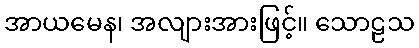
အာယမေန၊ အလျားအားဖြင့်။ သောဠသ